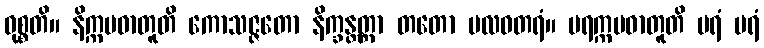
ဝုစ္စတိ။ နိက္ကမဓာတူတိ ကောသဇ္ဇတော နိက္ခန္တတ္တာ တတော ဗလဝတရံ။ ပရက္ကမဓာတူတိ ပရံ ပရံ